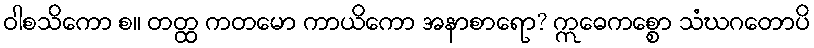
ဝါစသိကော စ။ တတ္ထ ကတမော ကာယိကော အနာစာရော? ဣဓေကစ္စော သံဃဂတောပိ